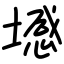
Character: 㙳